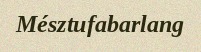
Mésztufabarlang